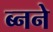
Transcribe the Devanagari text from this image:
ब्नने